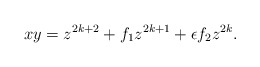
\begin{align*}xy=z^{2k+2}+f_1z^{2k+1}+\epsilon f_2z^{2k}.\end{align*}